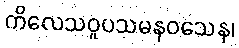
ကိလေသဝူပသမနဝသေန၊